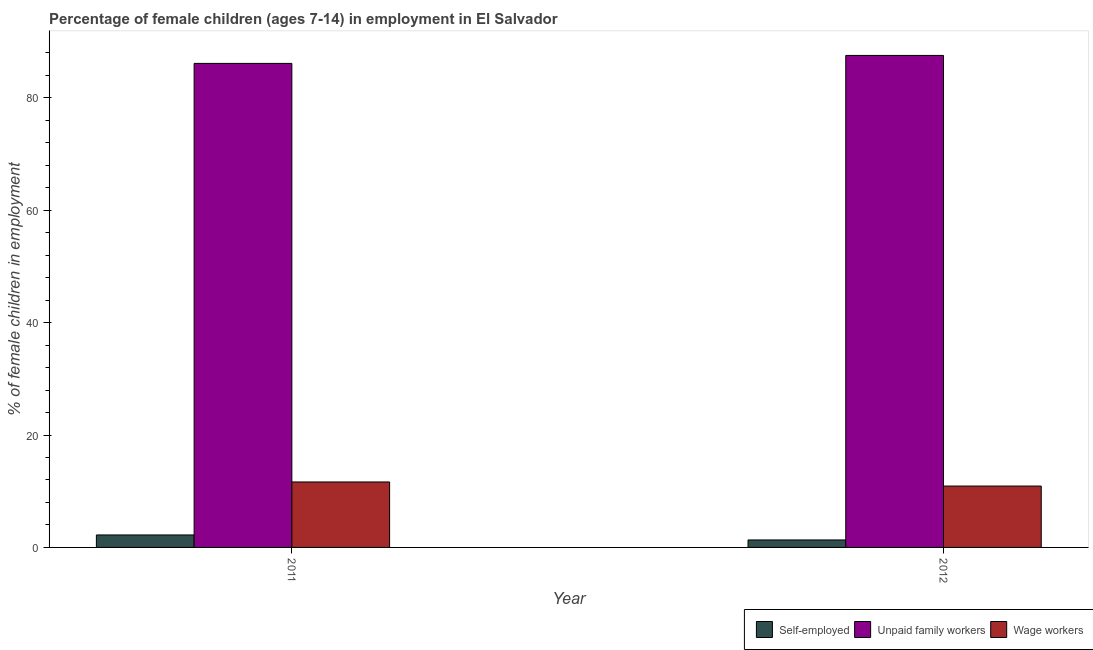
| Year | Self-employed | Unpaid family workers | Wage workers |
 | --- | --- | --- | --- |
 | 2011 | 2.22 | 86.1 | 11.7 |
 | 2012 | 1.33 | 87.5 | 10.9 |